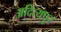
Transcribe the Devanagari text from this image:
अदित्यपुर